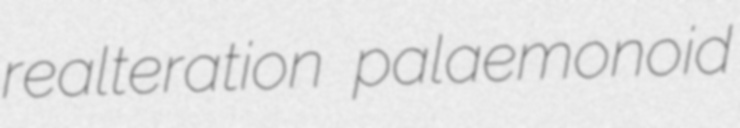
realteration palaemonoid